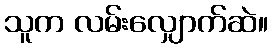
သူက လမ်းလျှောက်ဆဲ။